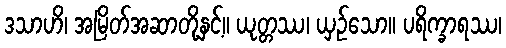
ဒသာဟိ၊ အမြိတ်အဆာတို့နှင့်။ ယုတ္တဿ၊ ယှဉ်သော။ ပရိက္ခာရဿ၊